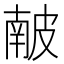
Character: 𥀇